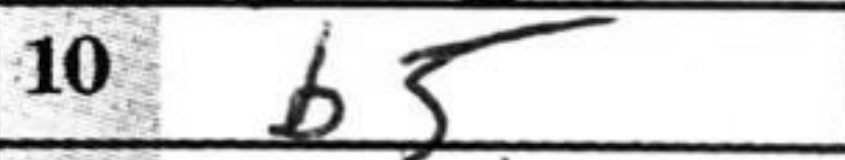
Transcription: b5